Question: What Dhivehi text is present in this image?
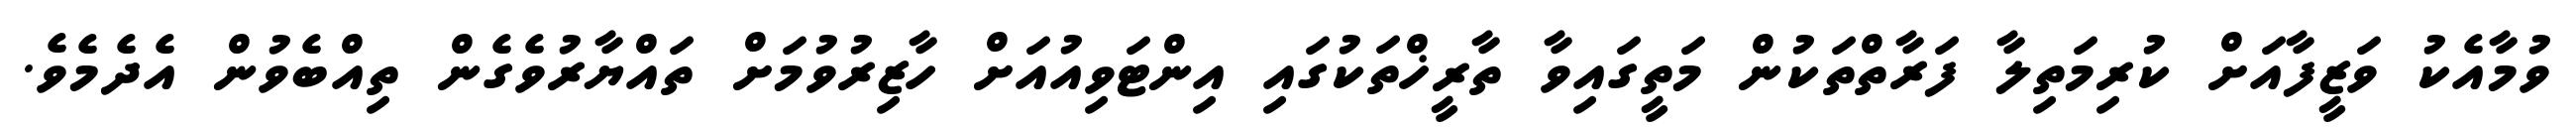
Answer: ވުމާއެކު ވަޒީފާއަށް ކުރިމަތިލާ ފަރާތްތަކުން މަތީގައިވާ ތާރީޚްތަކުގައި އިންޓަވިއުއަށް ހާޒިރުވުމަށް ތައްޔާރުވެގެން ތިއްބެވުން އެދެމެވެ.